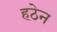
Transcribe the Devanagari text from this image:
हठेन